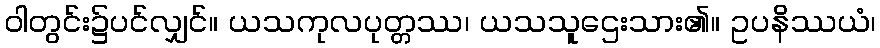
ဝါတွင်း၌ပင်လျှင်။ ယသကုလပုတ္တဿ၊ ယသသူဌေးသား၏။ ဥပနိဿယံ၊